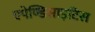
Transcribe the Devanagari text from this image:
एपेण्डिसाइटिस